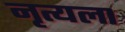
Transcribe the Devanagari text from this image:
नृत्यला